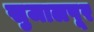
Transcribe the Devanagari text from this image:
सुजालपूर